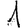
Digit: 1